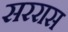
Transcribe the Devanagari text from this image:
सररास